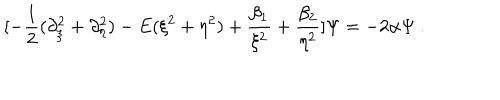
[ - \frac { 1 } { 2 } ( \partial _ { \xi } ^ { 2 } + \partial _ { \eta } ^ { 2 } ) - E ( \xi ^ { 2 } + \eta ^ { 2 } ) + \frac { \beta _ { 1 } } { \xi ^ { 2 } } + \frac { \beta _ { 2 } } { \eta ^ { 2 } } ] \Psi = - 2 \alpha \Psi \ .